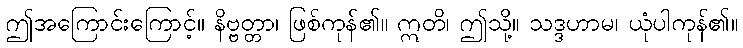
ဤအကြောင်းကြောင့်။ နိဗ္ဗတ္တာ၊ ဖြစ်ကုန်၏။ ဣတိ၊ ဤသို့။ သဒ္ဒဟာမ၊ ယုံပါကုန်၏။